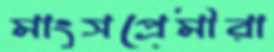
মাংসপ্রেমীরা